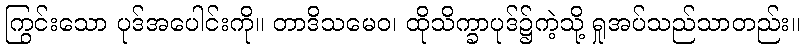
ကြွင်းသော ပုဒ်အပေါင်းကို။ တာဒိသမေဝ၊ ထိုသိက္ခာပုဒ်၌ကဲ့သို့ ရှုအပ်သည်သာတည်း။